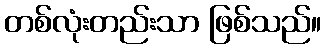
တစ်လုံးတည်းသာ ဖြစ်သည်။